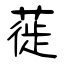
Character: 蓰